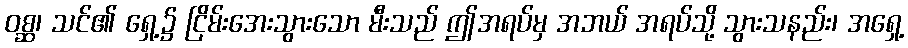
ဝစ္ဆ၊ သင်၏ ရှေ့၌ ငြိမ်းအေးသွားသော မီးသည် ဤအရပ်မှ အဘယ် အရပ်သို့ သွားသနည်း၊ အရှေ့